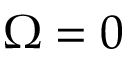
\Omega = 0